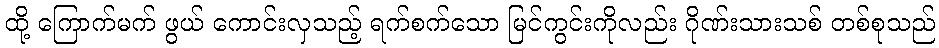
ထို့ ကြောက်မက် ဖွယ် ကောင်းလှသည့် ရက်စက်သော မြင်ကွင်းကိုလည်း ဂိုဏ်းသားသစ် တစ်စုသည်